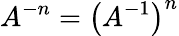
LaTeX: A^{-n}=\left(A^{-1}\right)^{n}